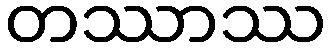
တဿာဿ